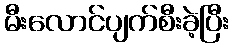
မီးလောင်ပျက်စီးခဲ့ပြီး